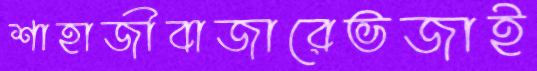
শাহাজীবাজারেভজাই